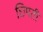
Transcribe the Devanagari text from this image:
छिपती